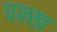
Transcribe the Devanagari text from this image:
पन्ख